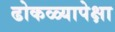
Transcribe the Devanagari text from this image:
ढोकळ्यापेक्षा